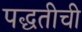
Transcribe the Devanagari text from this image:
पद्घतीची